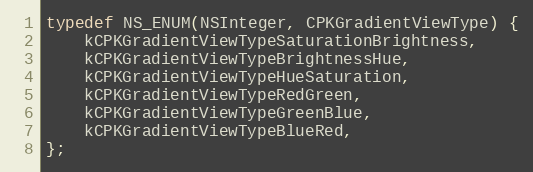
Language: C
typedef NS_ENUM(NSInteger, CPKGradientViewType) {
    kCPKGradientViewTypeSaturationBrightness,
    kCPKGradientViewTypeBrightnessHue,
    kCPKGradientViewTypeHueSaturation,
    kCPKGradientViewTypeRedGreen,
    kCPKGradientViewTypeGreenBlue,
    kCPKGradientViewTypeBlueRed,
};